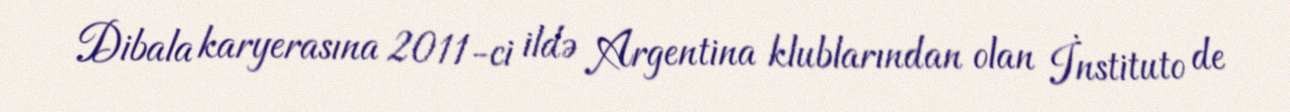
Dibala karyerasına 2011-ci ildə Argentina klublarından olan İnstituto de